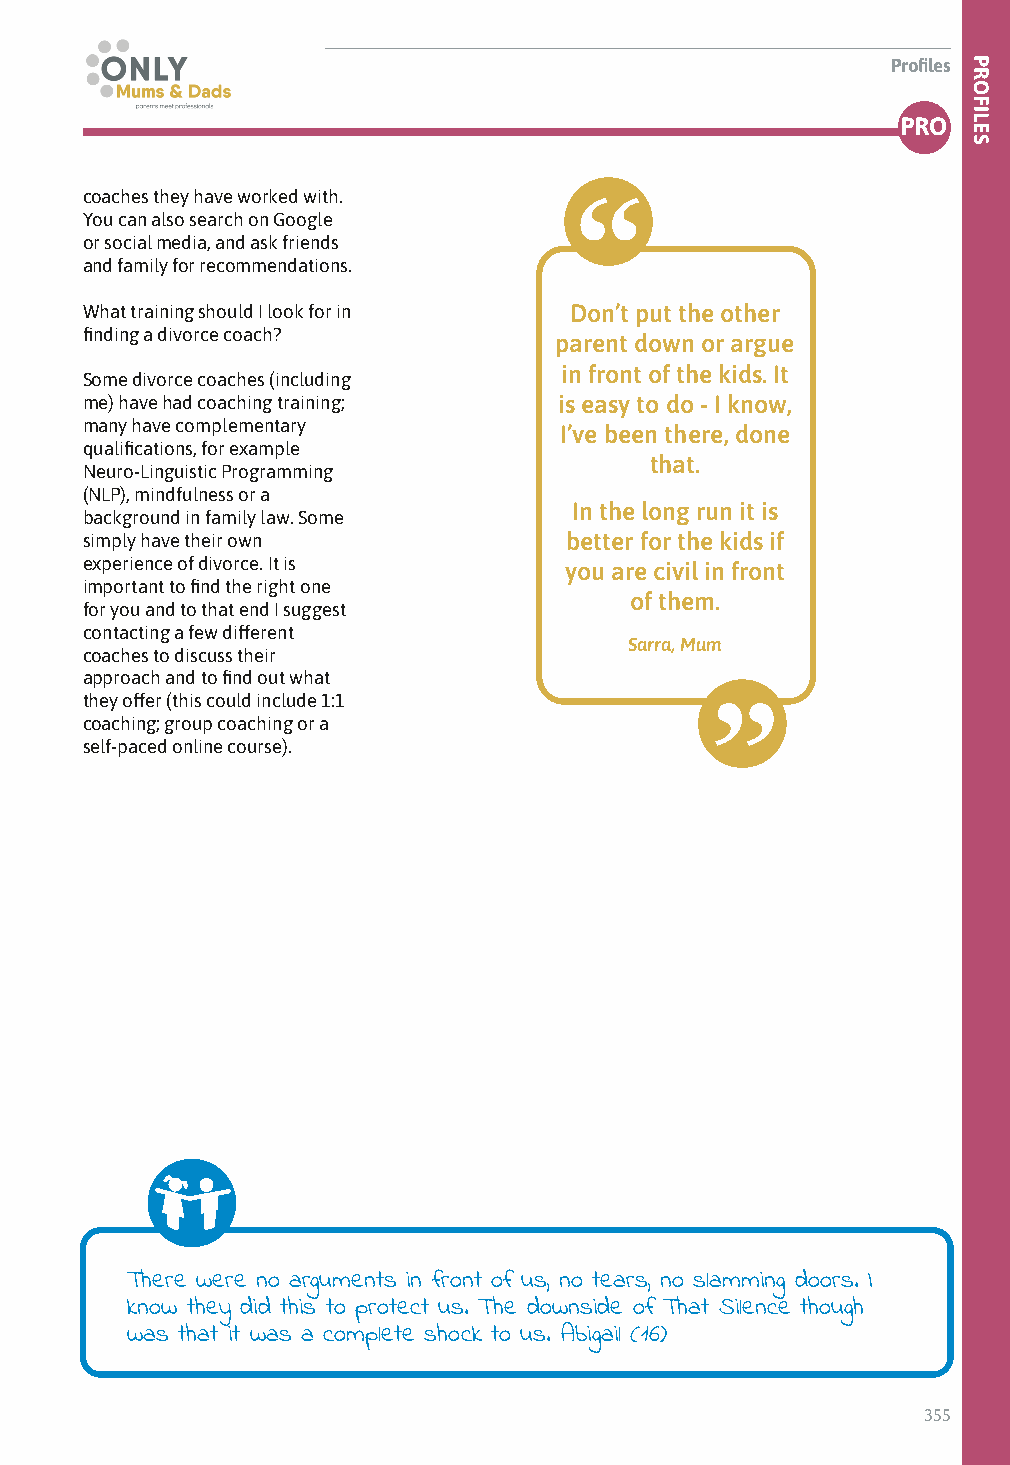
Profiles
 PRO
 coaches they have worked with.
 You can also search on Google
 or social media, and ask friends
 and family for recommendations.
 What training should I look for in Don’t put the other
 finding a divorce coach?
 parent down or argue
 in front of the kids. It
 Some divorce coaches (including
 me) have had coaching training; is easy to do - I know,
 many have complementary         I’ve been there, done
 qualifications, for example
 that.
 Neuro-Linguistic Programming
 (NLP), mindfulness or a
 In the long run it is
 background in family law. Some
 simply have their own           better for the kids if
 experience of divorce. It is    you are civil in front
 important to find the right one
 of them.
 for you and to that end I suggest
 contacting a few different
 Sarra, Mum
 coaches to discuss their
 approach and to find out what
 they offer (this could include 1:1
 coaching; group coaching or a
 self-paced online course).
 There were no arguments in front of us, no tears, no slamming doors. I
 know they did this to protect us. The downside of That Silence though
 was that it was a complete shock to us. Abigail (16)
 355
 PROFILES